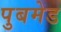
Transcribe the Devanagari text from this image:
पुबमेड